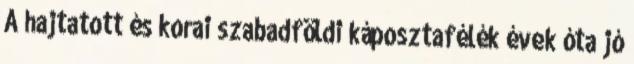
A hajtatott és korai szabadföldi káposztafélék évek óta jó